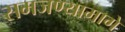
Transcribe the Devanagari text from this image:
समजण्यामागे